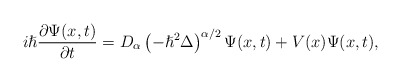
\begin{align*}i\hslash\frac{\partial\Psi(x,t)}{\partial t}=D_{\alpha}\left( -\hslash^{2}\Delta\right) ^{\alpha/2}\Psi(x,t)+V(x)\Psi(x,t),\end{align*}